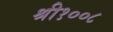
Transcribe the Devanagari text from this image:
श्री१००८